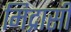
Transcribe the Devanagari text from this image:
मिद्रासी